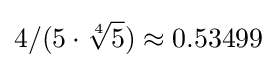
4/(5\cdot {\sqrt[{4}]{5}})\approx 0.53499